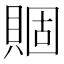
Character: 𧶮